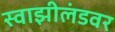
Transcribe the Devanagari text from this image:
स्वाझीलंडवर